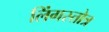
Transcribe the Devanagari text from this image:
लिंगस्तोत्र